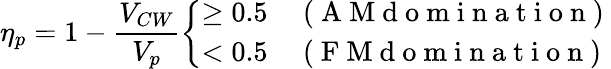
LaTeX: \eta_{p}=1-\frac{V_{CW}}{V_{p}}\left\{ \begin{array}{ll}{\ge 0.5}&{\mathrm{~(~A~M~d~o~m~i~n~a~t~i~o~n~)~}}\\ {<0.5}&{\mathrm{~(~F~M~d~o~m~i~n~a~t~i~o~n~)~}}\end{array}\right.